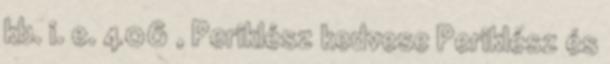
kb. i. e. 406 , Periklész kedvese Periklész és